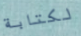
لكتابة